Civil Veterinary Dept. Bombay admin report 1900-1906 - 1900-1906
Year: 1900
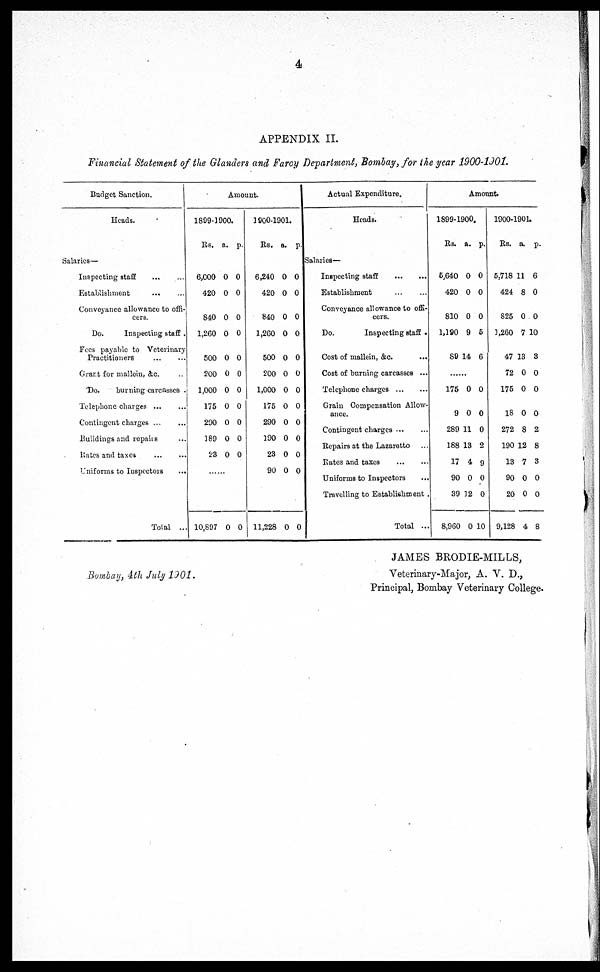
4
APPENDIX II.
Financial Statement of the Glanders and Farcy Department, Bombay, for the year 1900-1901.
Budget Sanction.
Heads.
Salaries—
Inspecting staff ... ...
Establishment ... ...
Conveyance allowance to offi-
cers.
Do.
Inspecting staff .
Fees payable to Veterinary
Practitioners ... ...
Grant for mallein, &c. ..
Do.
burning carcasses .
Telephone charges ... ...
Contingent charges ...
Buildings and repairs ...
Rates and taxes
Uniforms to Inspectors ...
Total ...
Amount.
1899-1900.
Rs. a. p.
6,000
420
840
1,260
500
200
1,000
175
290
0
0
0
0
0
0
0
0
0
0
0
0
0
0
0
0
0
0
189 0 0
23 0 0
......
10,897 0 0
1900-1901.
Rs. a. p.
6,240
420
840
1,260
500
200
1,000
175
290
0
0
0
0
0
0
0
0
0
0
0
0
0
0
0
0
0
0
190
23
0
0
0
0
90 0 0
11,228 0 0
Actual Expenditure.
Heads.
Salaries—
Inspecting staff
...
...
Establishment ... ...
Conveyance allowance to offi-
cers.
Do.
Inspecting staff .
Cost of mallein, &c. ...
Cost of burning carcasses ...
Telephone charges
...
...
Grain Compensation Allow-
ance.
Contingent charges ... ...
Repairs at the Lazaretto ...
Rates and taxes
...
...
Uniforms to Inspectors
Travelling to Establishment .
Total ...
Amount.
1899-1900.
Rs. a. p.
5,640
420
810
1,190
89
0
0
0
9
14
0
0
0
6
6
175
9
0
0
0
0
289 11 0
188 13 2
17 4 9
90
39
8,960
0
12
0
0
0
10
1900-1901.
Rs. a. p.
5,718
424
825
3,260
47
72
175
18
11
8
0
7
13
0
0
0
6
0
0
10
3
0
0
0
272 8 2
190 12 8
13 7 3
90
20
9,128
0
0
4
0
0
8
Bombay, 4th July 1901.
JAMES BRODIE-MILLS,
Veterinary-Major, A. V. D.,
Principal, Bombay Veterinary College.